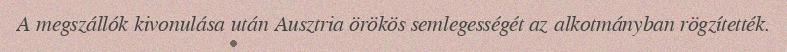
A megszállók kivonulása után Ausztria örökös semlegességét az alkotmányban rögzítették.